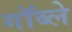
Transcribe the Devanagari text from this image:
गॉब्ले